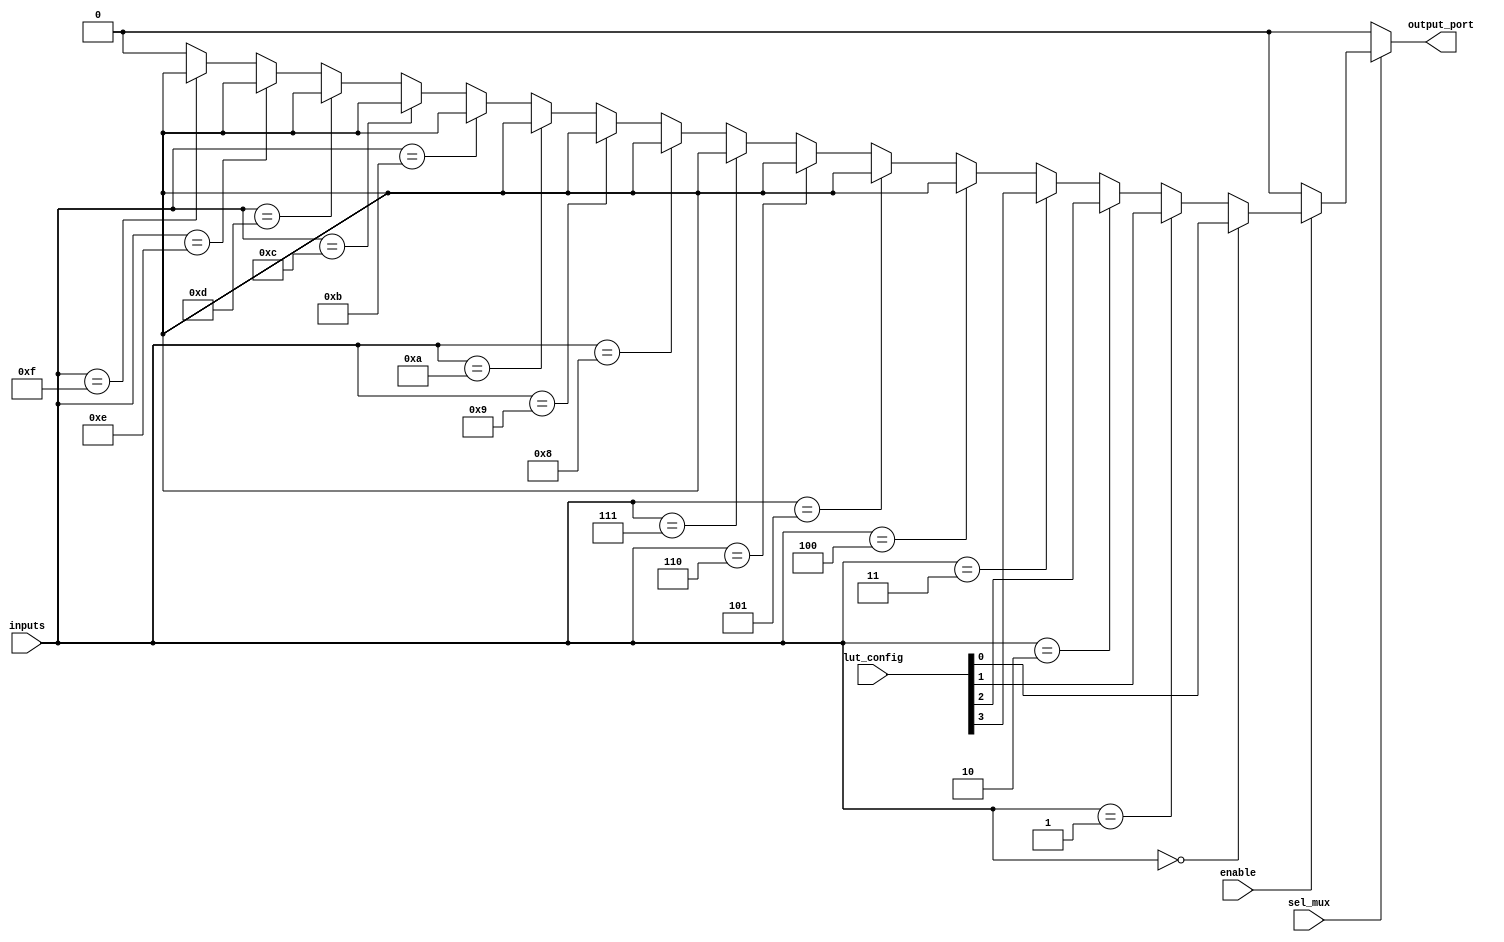
module CLB (
    input wire [3:0] inputs,       // 4 input ports
    input wire [3:0] lut_config,    // Configuration for LUT (truth table)
    input wire sel_mux,             // Select signal for the multiplexer
    input wire enable,              // Enable signal for the logic cell
    output wire output_port         // Output port
);

    // Internal signals
    wire [15:0] lut_output;         // Output of the LUT
    wire logic_cell_output;         // Output of the logic cell

    // Lookup Table (LUT) implementation
    // 4-input LUT can implement any function of 4 variables.
    assign lut_output = (inputs == 4'b0000) ? lut_config[0] :
                        (inputs == 4'b0001) ? lut_config[1] :
                        (inputs == 4'b0010) ? lut_config[2] :
                        (inputs == 4'b0011) ? lut_config[3] :
                        (inputs == 4'b0100) ? lut_config[4] :
                        (inputs == 4'b0101) ? lut_config[5] :
                        (inputs == 4'b0110) ? lut_config[6] :
                        (inputs == 4'b0111) ? lut_config[7] :
                        (inputs == 4'b1000) ? lut_config[8] :
                        (inputs == 4'b1001) ? lut_config[9] :
                        (inputs == 4'b1010) ? lut_config[10] :
                        (inputs == 4'b1011) ? lut_config[11] :
                        (inputs == 4'b1100) ? lut_config[12] :
                        (inputs == 4'b1101) ? lut_config[13] :
                        (inputs == 4'b1110) ? lut_config[14] :
                        (inputs == 4'b1111) ? lut_config[15] : 1'b0;

    // Logic Cell output based on enable signal
    assign logic_cell_output = enable ? lut_output[0] : 1'b0; // Example: using only the first LUT output

    // Multiplexer to select output
    assign output_port = sel_mux ? logic_cell_output : 1'b0; // Select between logic cell output and 0

endmodule